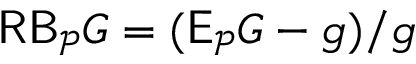
\mathsf { R B } _ { \mathcal P } G = ( \mathsf E _ { \mathcal P } G - g ) / g